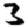
Digit: 3